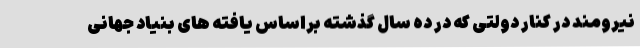
نیرومند در کنار دولتی که در ده سال گذشته براساس یافته های بنیاد جهانی